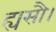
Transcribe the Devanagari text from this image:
ह्यसौ।